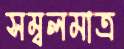
সম্বলমাত্র